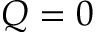
Q = 0